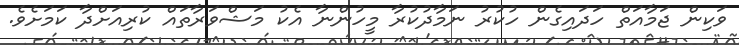
ވަކިން ޖަމާއަތް ހަދައިގެން ހުކުރު ނަމާދުކުރާ މީހުންނާ އެކު މަޝްވަރާތައް ކުރިއަށްދާ ކަމަށެވެ.